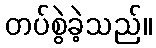
တပ်စွဲခဲ့သည်။